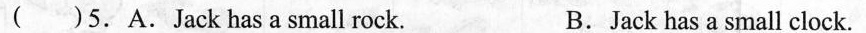
( )5.A.Jack has a small rock. B.Jack has a small clock.